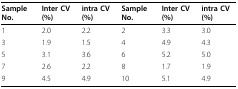
| Sample No. | Inter CV(%) | intra CV(%) | Sample No. | Inter CV(%) | intra CV(%) |
 | --- | --- | --- | --- | --- | --- |
 | 1 | 2.0 | 2.2 | 2 | 3.3 | 3.0 |
 | 3 | 1.9 | 1.5 | 4 | 4.9 | 4.3 |
 | 5 | 3.1 | 3.6 | 6 | 5.2 | 5.0 |
 | 7 | 2.6 | 2.2 | 8 | 1.7 | 1.9 |
 | 9 | 4.5 | 4.9 | 10 | 5.1 | 4.9 |